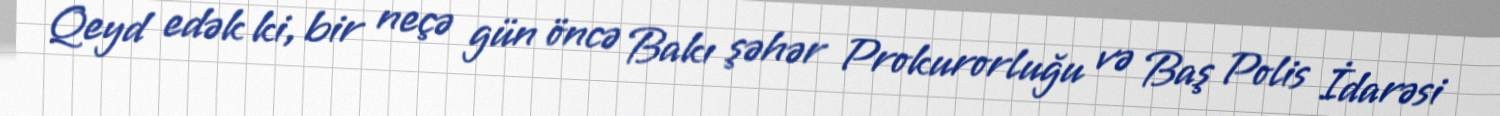
Qeyd edək ki, bir neçə gün öncə Bakı şəhər Prokurorluğu və Baş Polis İdarəsi